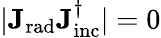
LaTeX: |\mathbf{J_{\mathrm{{rad}}}}\mathbf{J_{\mathrm{{inc}}}^{\dagger}}|=0